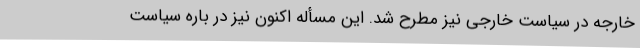
خارجه در سیاست خارجی نیز مطرح شد. این مسأله اکنون نیز در باره سیاست